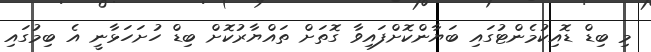
މި ބިޑް ޑޮއިކުމެންޓުގައި ބަޔާންކޮށްފައިވާ ގޮތަށް ތައްޔާރުކޮށް ބިޑް ހުށަހަޅާނީ އެ ބިމުގައި